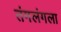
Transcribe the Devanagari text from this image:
तंगलंगला